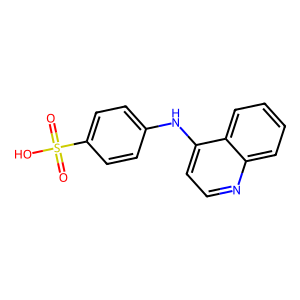
SMILES: O=S(=O)(O)c1ccc(Nc2ccnc3ccccc23)cc1
Inhibits HIV replication: No